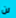
لن